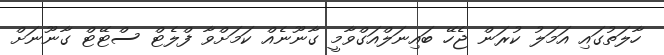
ހާލަތުގައި އަމަލު ކުރަން ޖެހޭ ބައިނަލްއަގްވާމީ ގާނޫނެއް ކަމަށްވާ ފްލެޓް ސްޓޭޓް ގާނޫނަށް